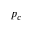
p _ { c }